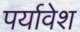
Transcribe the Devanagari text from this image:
पर्यावेश